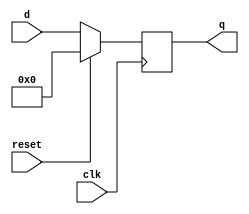
module dflipflop1(d,q,clk,reset);
input [15:0]d;
input clk,reset;
output reg [15:0]q;
//reg q;
always@(posedge clk)
begin
if(reset==1'b1)
	q<=16'b0;
else
	q<=d;
end
endmodule